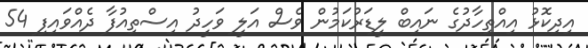
އިދިކޮޅު އިއްތިހާދުގެ ނައިބް ލީޑަރުކަމުން ވެސް އަލީ ވަހީދު އިސްތިއުފާ ދެއްވައިފި 54